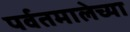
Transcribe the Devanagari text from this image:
पर्वतमालेच्या